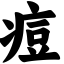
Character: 痘